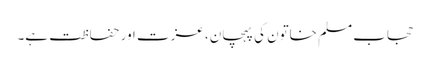
حجاب مسلم خاتون کی پہچان، عزت اور حفاظت ہے۔